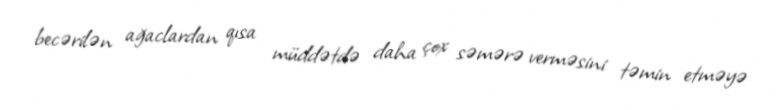
becərilən ağaclardan qısa müddətdə daha çox səmərə verməsini təmin etməyə